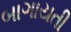
બાગાયતી